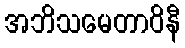
အဘိသမေတာဝိနီ